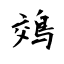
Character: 鵁